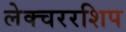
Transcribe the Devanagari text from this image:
लेक्चररशिप